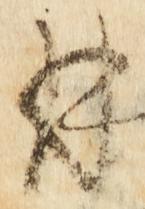
并